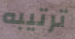
ترتيبه